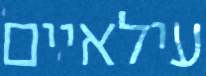
עילאיים